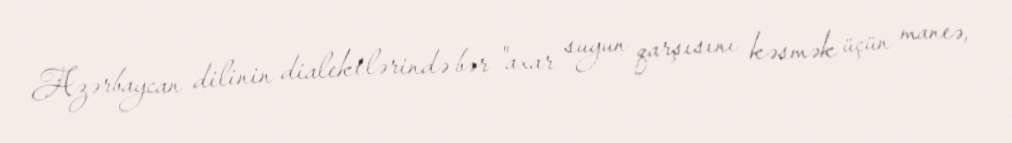
Azərbaycan dilinin dialektlərində bər "axar suyun qarşısını kəsmək üçün maneə,